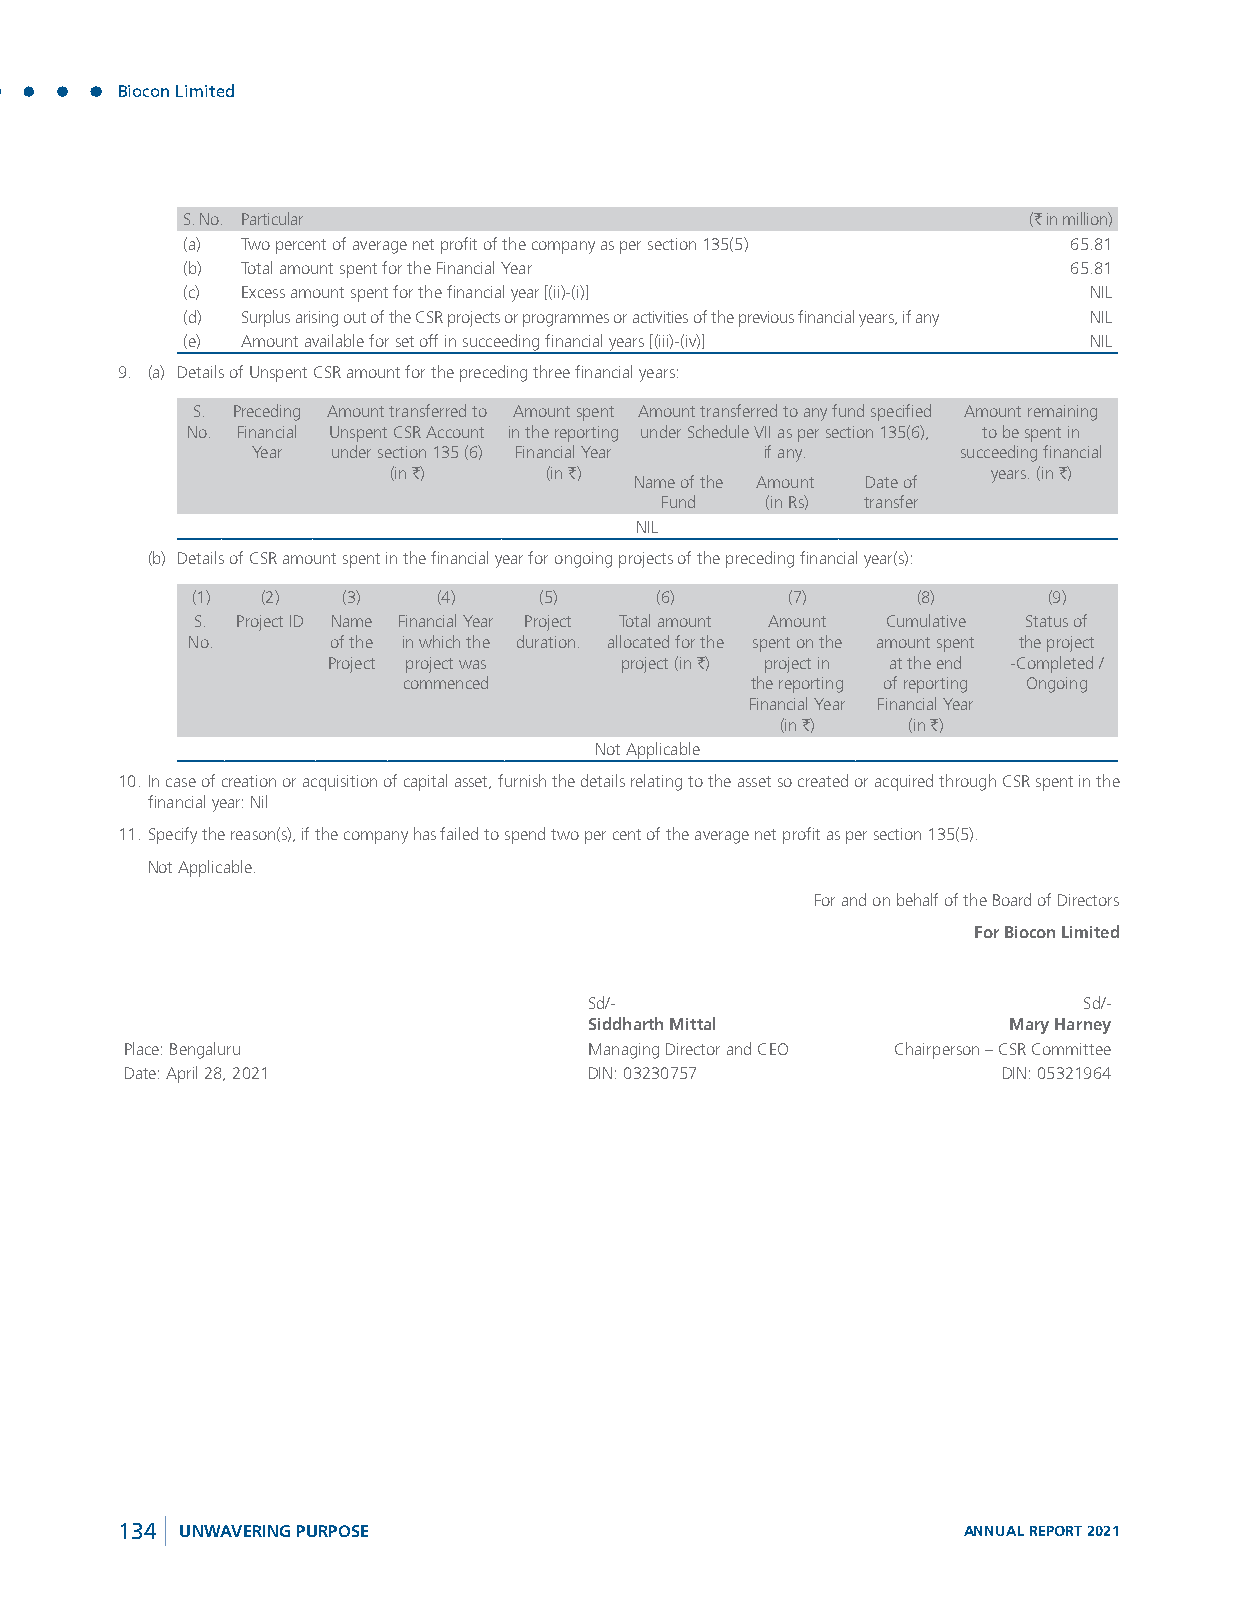
Biocon Limited
 S. No. Particular                                       (` in million)
 (a) Two percent of average net profit of the company as per section 135(5) 65.81
 (b) Total amount spent for the Financial Year              65.81
 (c) Excess amount spent for the financial year [(ii)-(i)]   NIL
 (d) Surplus arising out of the CSR projects or programmes or activities of the previous financial years, if any NIL
 (e) Amount available for set off in succeeding financial years [(iii)-(iv)] NIL
 9. (a) Details of Unspent CSR amount for the preceding three financial years:
 S. Preceding Amount transferred to Amount spent Amount transferred to any fund specified Amount remaining
 No. Financial Unspent CSR Account in the reporting under Schedule VII as per section 135(6), to be spent in
 Year under section 135 (6) Financial Year if any. succeeding financial
 (in `)    (in `)                        years. (in `)
 Name of the Amount Date of
 Fund   (in Rs) transfer
 NIL
 (b) Details of CSR amount spent in the financial year for ongoing projects of the preceding financial year(s):
 (1) (2)   (3)   (4)    (5)    (6)      (7)      (8)     (9)
 S. Project ID Name Financial Year Project Total amount Amount Cumulative Status of
 No.       of the in which the duration. allocated for the spent on the amount spent the project
 Project project was project (in `) project in at the end -Completed /
 commenced              the reporting of reporting Ongoing
 Financial Year Financial Year
 (in `)  (in `)
 Not Applicable
 10. In case of creation or acquisition of capital asset, furnish the details relating to the asset so created or acquired through CSR spent in the
 financial year: Nil
 11. Specify the reason(s), if the company has failed to spend two per cent of the average net profit as per section 135(5).
 Not Applicable.
 For and on behalf of the Board of Directors
 For Biocon Limited
 Sd/-                             Sd/-
 Siddharth Mittal            Mary Harney
 Place: Bengaluru               Managing Director and CEO Chairperson – CSR Committee
 Date: April 28, 2021           DIN: 03230757              DIN: 05321964
 134 UNWAVERING PURPOSE                                  ANNUAL REPORT 2021